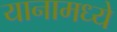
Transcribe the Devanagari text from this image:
यानामध्ये